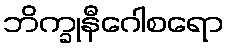
ဘိက္ခုနီဂေါစရော